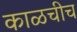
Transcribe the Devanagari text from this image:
काळचीच